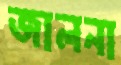
জালনা